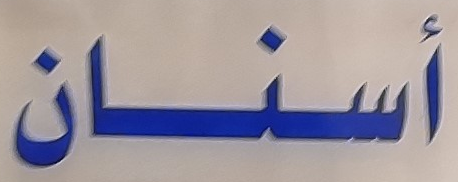
أسنان